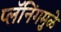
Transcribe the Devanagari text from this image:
प्लॅनिंगमुळे